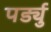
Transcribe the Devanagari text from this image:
पर्ड्यु